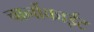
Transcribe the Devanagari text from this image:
चार्नोकाईट